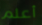
أعلم